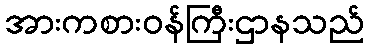
အားကစားဝန်ကြီးဌာနသည်